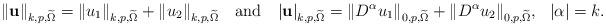
LaTeX: \begin{align*}\| \mathbf{ u} \|_{k,p,\widetilde{\Omega}}=\| u_1 \|_{k,p,\widetilde{\Omega}} + \| u_2 \|_{k,p,\widetilde{\Omega}} ~~~\textrm{and} ~~~ |\mathbf{ u}|_{k,p,\widetilde{\Omega}}= \| D^{\alpha}u_1 \|_{0,p,\widetilde{\Omega}} + \| D^{\alpha}u_2 \|_{0,p,\widetilde{\Omega}}, ~~ |\alpha|=k.\end{align*}